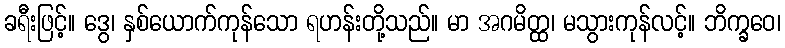
ခရီးဖြင့်။ ဒွေ၊ နှစ်ယောက်ကုန်သော ရဟန်းတို့သည်။ မာ အဂမိတ္ထ၊ မသွားကုန်လင့်။ ဘိက္ခဝေ၊